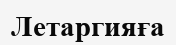
Летаргияға